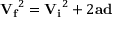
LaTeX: { \mathbf { V _ { f } } } ^ { 2 } = { \mathbf { V _ { i } } } ^ { 2 } + 2 { \mathbf { a } } \mathbf { d }